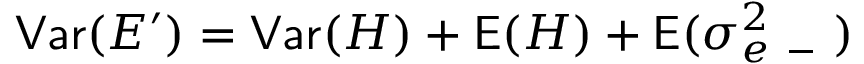
\mathsf { V a r } ( E ^ { \prime } ) = \mathsf { V a r } ( H ) + \mathsf E ( H ) + \mathsf E ( \sigma _ { e \mathrm { ~ - ~ } } ^ { 2 } )